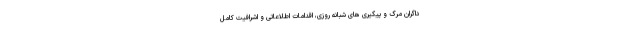
داگران مرگ و پیگیری های شبانه روزی، اقدامات اطلاعاتی و اشرافیت کامل